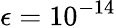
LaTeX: \epsilon=10^{-14}